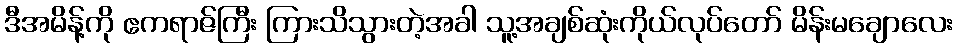
ဒီအမိန့်ကို ဧကရာဇ်ကြီး ကြားသိသွားတဲ့အခါ သူ့အချစ်ဆုံးကိုယ်လုပ်တော် မိန်းမချောလေး